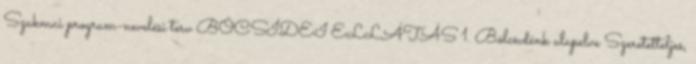
Szakmai program-nevelési terv BÖCSİDEI ELLÁTÁS 1. Bölcsıdénk alapelve Szeretetteljes,